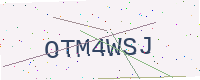
Text: OTM4WSJ